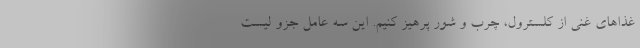
غذاهای غنی از کلسترول، چرب و شور پرهیز کنیم. این سه عامل جزو لیست